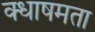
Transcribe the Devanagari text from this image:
क्धाषमता